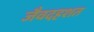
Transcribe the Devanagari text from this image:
जैवदहशत